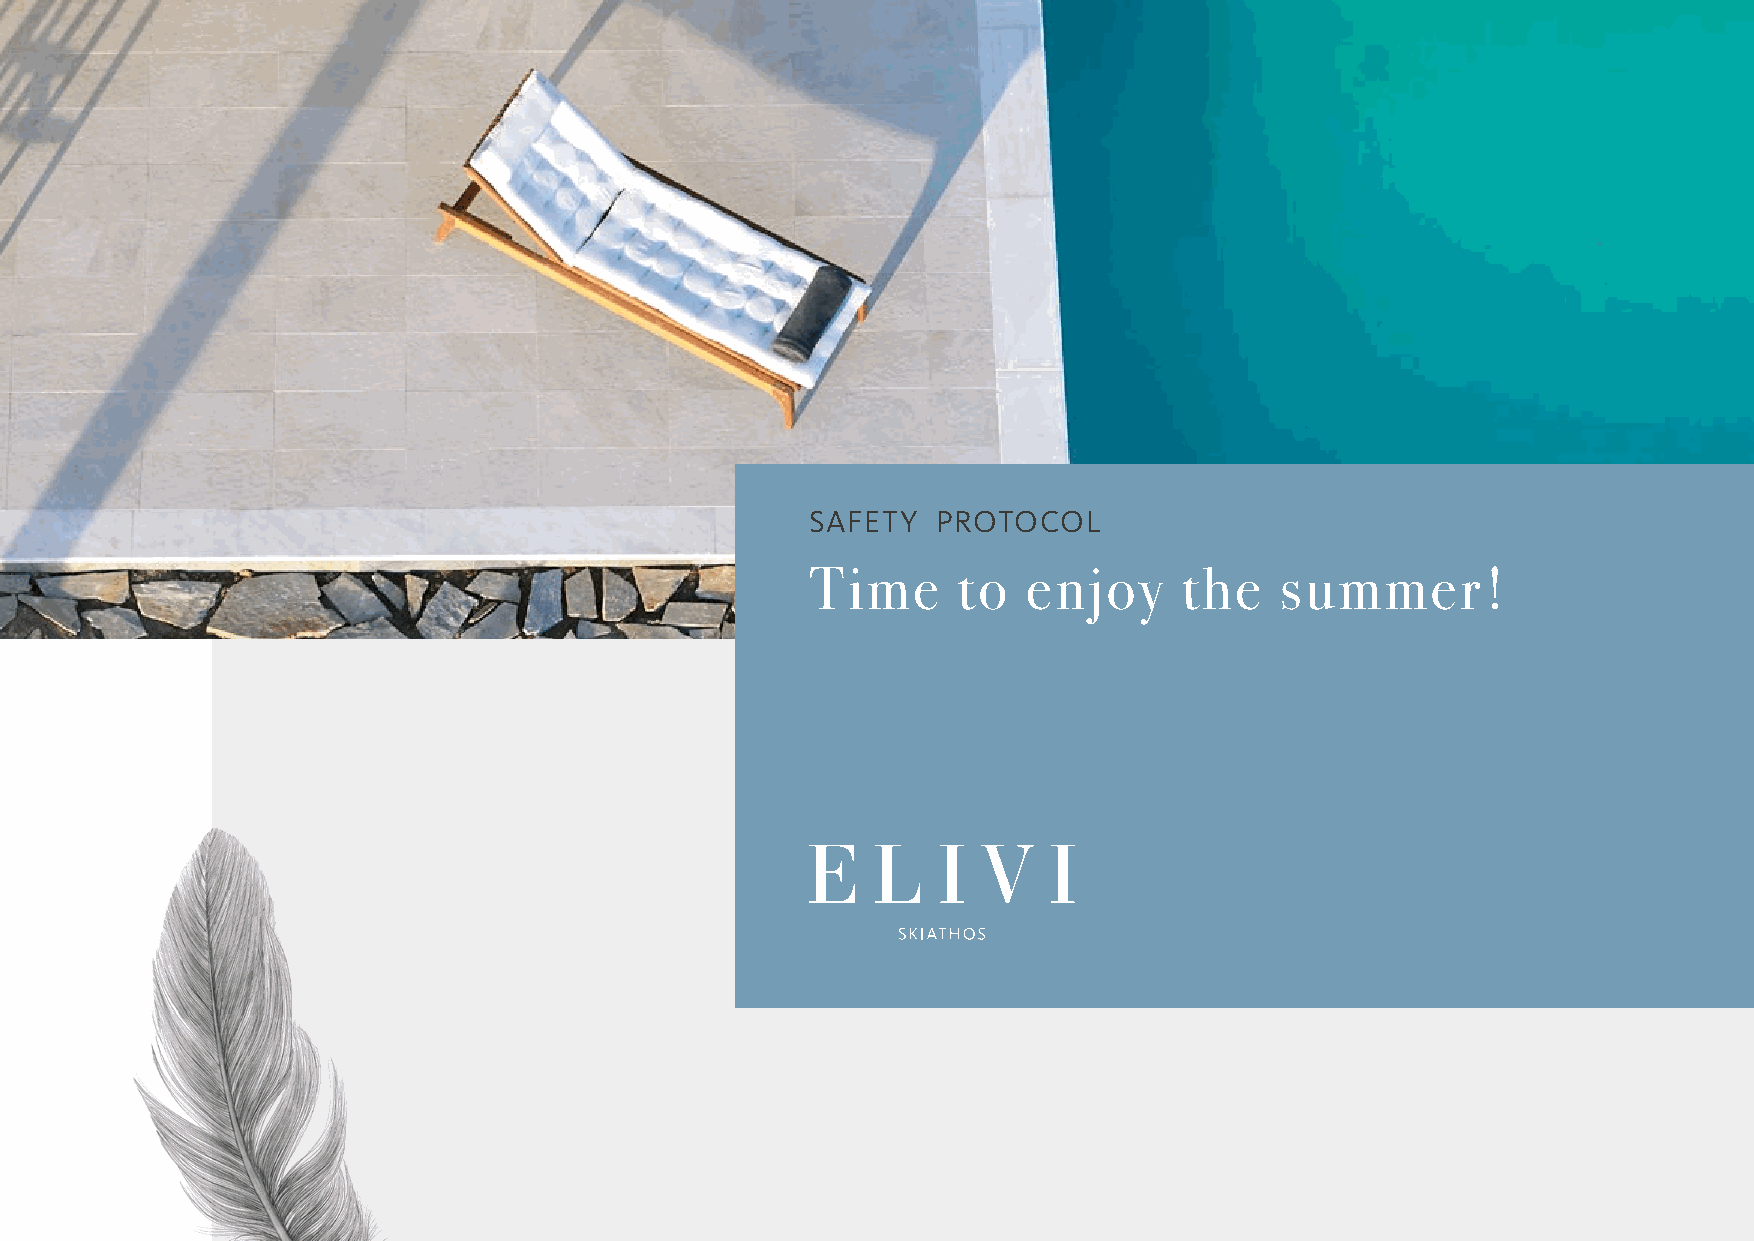
SAFETY  PROTOCOL
 Time     to   enjoy     the    summer!